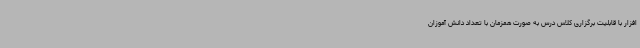
افزار با قابلیت برگزاری کلاس درس به صورت همزمان با تعداد دانش آموزان